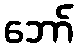
ဘော်